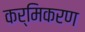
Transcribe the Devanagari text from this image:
कर्मिकरण